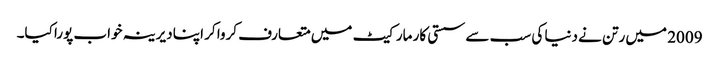
2009 میں رتن نے دنیا کی سب سے سستی کار مارکیٹ میں متعارف کروا کر اپنا دیرینہ خواب پورا کیا۔